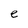
Character: e